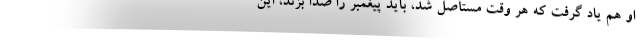
او هم یاد گرفت که هر وقت مستأصل شد، باید پیغمبر را صدا بزند، این